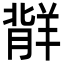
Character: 𬙷